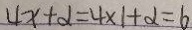
4 x + \alpha = 4 \times 1 + \alpha = 6